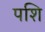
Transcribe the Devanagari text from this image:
पशि